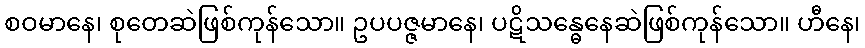
စဝမာနေ၊ စုတေဆဲဖြစ်ကုန်သော။ ဥပပဇ္ဇမာနေ၊ ပဋိသန္ဓေနေဆဲဖြစ်ကုန်သော။ ဟီနေ၊